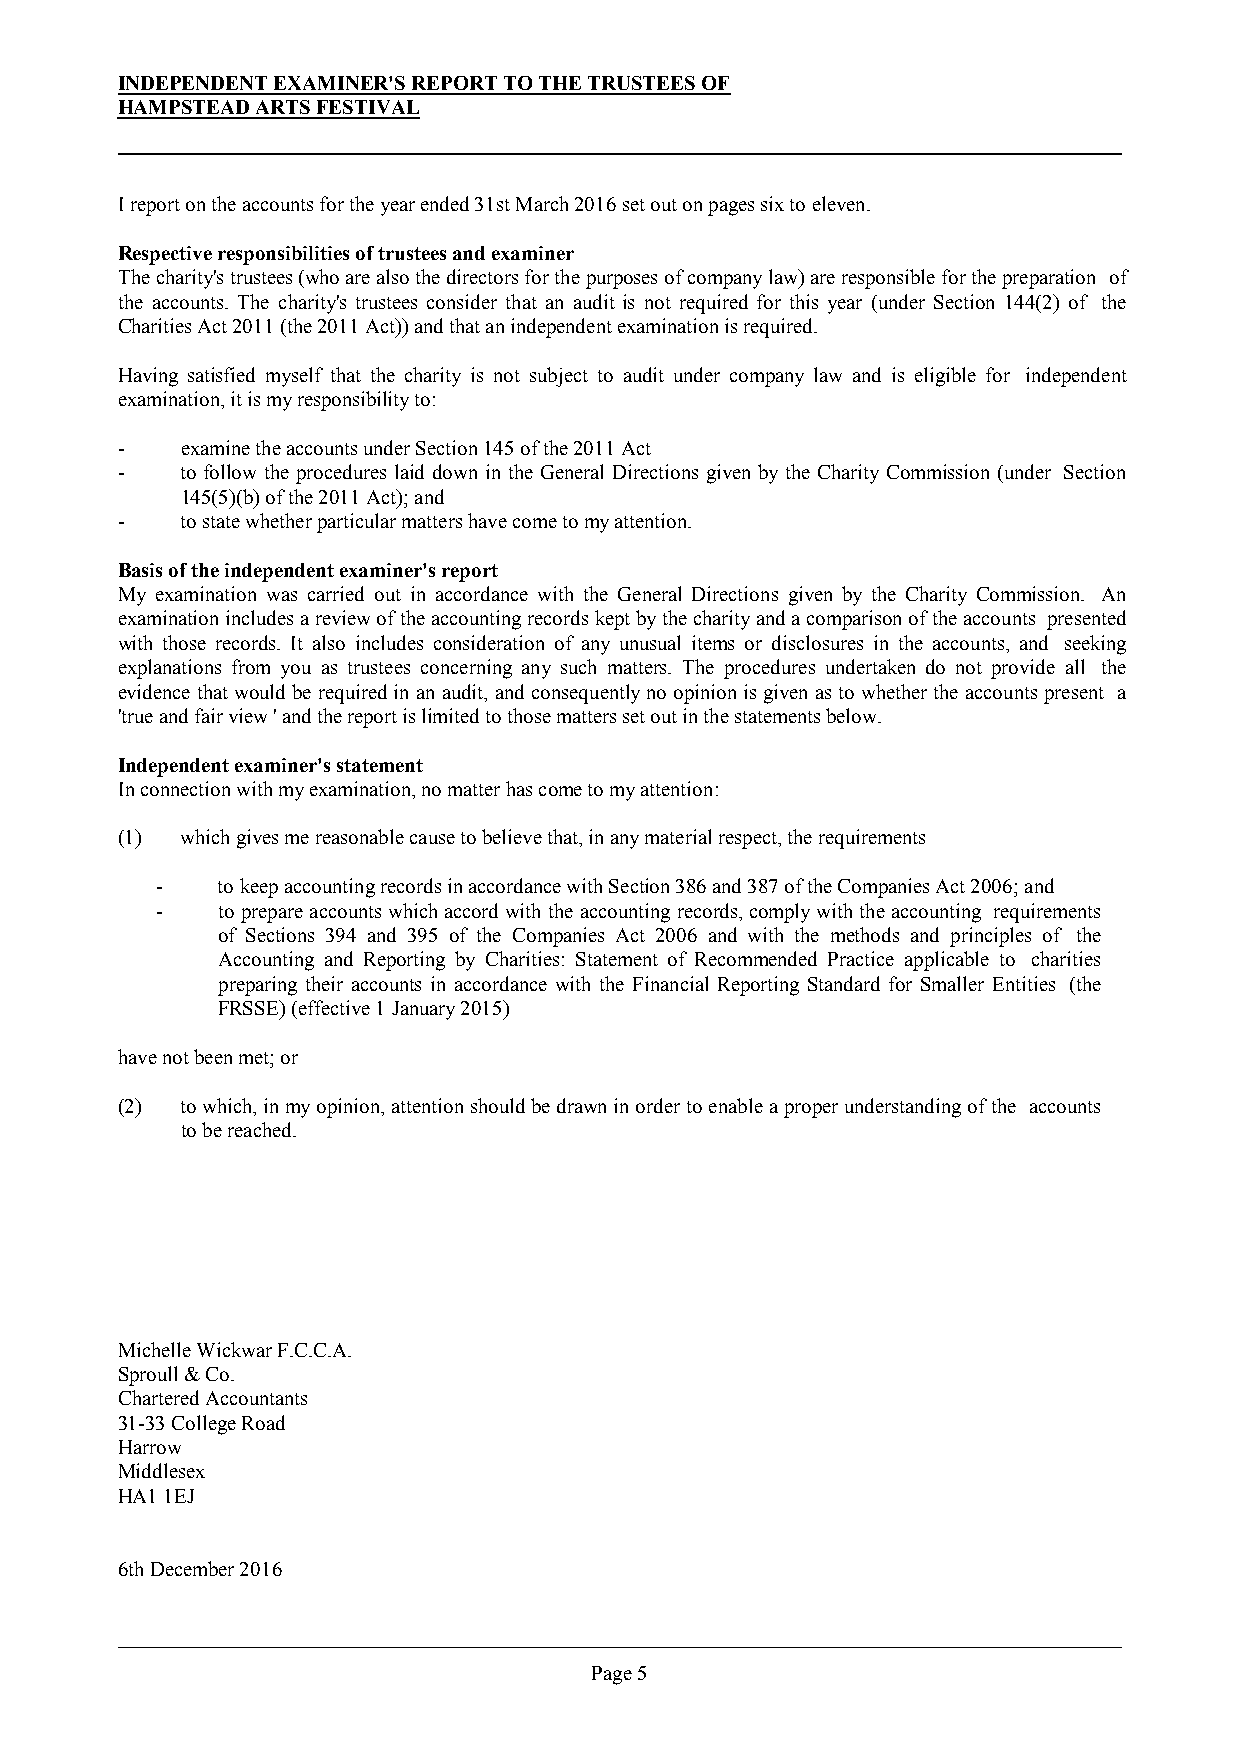
INDEPENDENT EXAMINER'S REPORT TO THE TRUSTEES OF
 HAMPSTEAD ARTS FESTIVAL
 I report on the accounts for the year ended 31st March 2016 set out on pages six to eleven.
 Respective responsibilities of trustees and examiner
 Thecharity'strustees(whoarealsothedirectorsforthepurposesofcompanylaw)areresponsibleforthepreparation of
 the accounts. The charity's trustees consider that an audit is not required for this year (under Section 144(2) of the
 Charities Act 2011 (the 2011 Act)) and that an independent examination is required.
 Having satisfied myself that the charity is not subject to audit under company law and is eligible for independent
 examination, it is my responsibility to:
 -   examine the accounts under Section 145 of the 2011 Act
 -   to follow the procedures laid down in the General Directions given by the Charity Commission (under Section
 145(5)(b) of the 2011 Act); and
 -   to state whether particular matters have come to my attention.
 Basis of the independent examiner's report
 My examination was carried out in accordance with the General Directions given by the Charity Commission. An
 examinationincludesareviewoftheaccountingrecordskeptbythecharityandacomparisonoftheaccounts presented
 with those records. It also includes consideration of any unusual items or disclosures in the accounts, and seeking
 explanations from you as trustees concerning any such matters. The procedures undertaken do not provide all the
 evidence thatwould be requiredinanaudit, andconsequentlyno opinionisgivenasto whetherthe accountspresent a
 'true and fair view ' and the report is limited to those matters set out in the statements below.
 Independent examiner's statement
 In connection with my examination, no matter has come to my attention:
 (1) which gives me reasonable cause to believe that, in any material respect, the requirements
 -   to keep accounting records in accordance with Section 386 and 387 of the Companies Act 2006; and
 -   to prepareaccountswhichaccordwiththeaccountingrecords,complywiththeaccounting requirements
 of Sections 394 and 395 of the Companies Act 2006 and with the methods and principles of the
 Accounting and Reporting by Charities: Statement of Recommended Practice applicable to charities
 preparing their accounts in accordance with the Financial Reporting Standard for Smaller Entities (the
 FRSSE) (effective 1 January 2015)
 have not been met; or
 (2) towhich,inmyopinion,attentionshouldbedrawninordertoenableaproperunderstandingofthe accounts
 to be reached.
 Michelle Wickwar F.C.C.A.
 Sproull & Co.
 Chartered Accountants
 31-33 College Road
 Harrow
 Middlesex
 HA1 1EJ
 6th December 2016
 Page 5